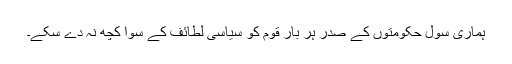
ہماری سول حکومتوں کے صدر ہر بار قوم کو سیاسی لطائف کے سوا کچھ نہ دے سکے۔